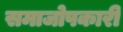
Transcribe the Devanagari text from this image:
समाजोपकारी